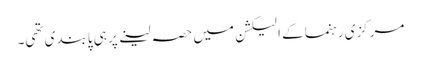
مرکزی رہنما کے الیکشن میں حصہ لینے پر ہی پابندی تھی۔